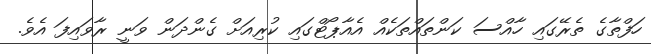
ހަފްތާގެ ތެރޭގައި ހާއްސަ ކަންތައްތަކެއް އެއާޕޯޓްގައި ކުރިއަށް ގެންދަން ވަނީ ރާވައިފަ އެވެ.